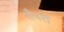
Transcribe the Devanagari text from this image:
शैयरों